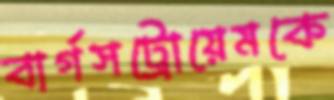
বার্গসট্রোয়েমকে